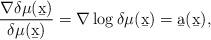
LaTeX: \begin{align*}\frac{\nabla\delta\mu(\b x)}{\delta\mu(\b x)} = \nabla\log\delta\mu(\b x)=\b a(\b x),\end{align*}